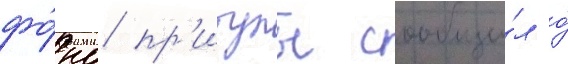
фо́нд пр'итулы сообщи́л о́